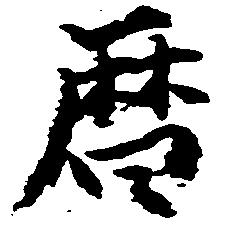
暦